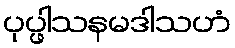
ပုပ္ဖါသနမဒါသဟံ